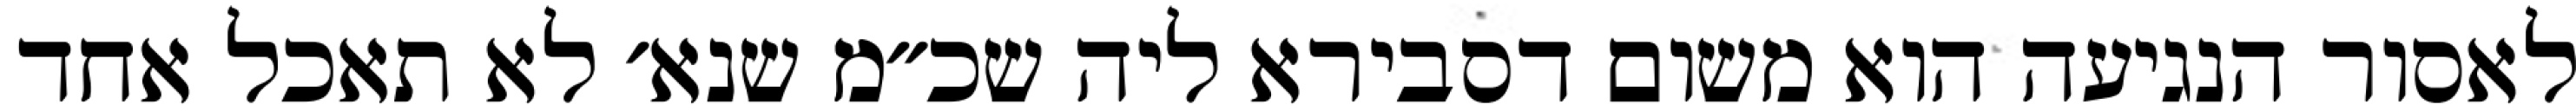
לאסור הנגיעה הוא משום דסבירא ליה שכ״מ שנא׳ לא תאכל אחד